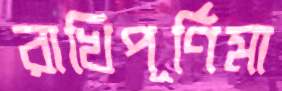
রাখিপূর্ণিমা